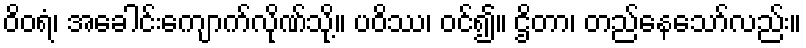
ဝိဝရံ၊ အခေါင်းကျောက်လိုဏ်သို့။ ပဝိဿ၊ ဝင်၍။ ဌိတာ၊ တည်နေသော်လည်း။